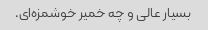
بسیار عالی و چه خمیر خوشمزه‌ای.